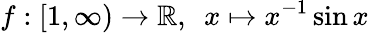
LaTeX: f:[1,\infty)\to\mathbb{R},\ \ x\mapsto x^{-1}\sin x